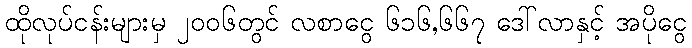
ထိုလုပ်ငန်းများမှ ၂၀၀၆တွင် လစာငွေ ၆၁၆,၆၆၇ ဒေါ်လာနှင့် အပိုငွေ